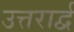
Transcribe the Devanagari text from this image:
उत्तरार्द्व